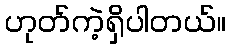
ဟုတ်ကဲ့ရှိပါတယ်။